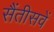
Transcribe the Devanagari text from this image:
सैंतीसवें